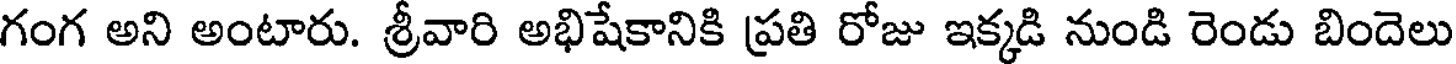
గంగ అని అంటారు. శ్రీవారి అభిషేకానికి ప్రతి రోజు ఇక్కడి నుండి రెండు బిందెలు